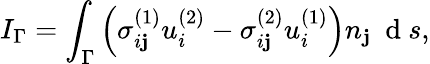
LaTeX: I_{\Gamma}=\int_{\Gamma}\left(\sigma_{i\mathbf{j}}^{(1)}u_{i}^{(2)}-\sigma_{i\mathbf{j}}^{(2)}u_{i}^{(1)}\right)n_{\mathbf{j}}\ \mathrm{{~d~}}s,